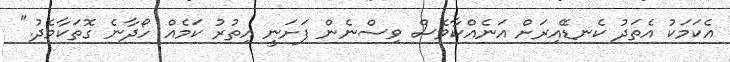
އެކަމަކު އެތަދު ކެނޑޭއިރަށް އަނެއްކާވެސް ވިސްނެން ފަށަނީ އިތުރު ކަމެއް ހޯދާނެ ގޮތަކާމެދު."